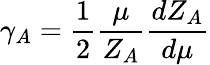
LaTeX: \gamma_{A}=\frac{1}{2}\frac{\mu}{Z_{A}}\frac{dZ_{A}}{d\mu}